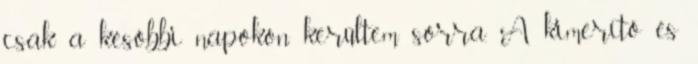
csak a későbbi napokon kerültem sorra. A kimerítő és